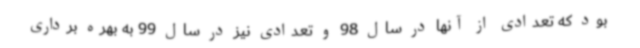
بود که تعدادی از آنها در سال 98 و تعدادی نیز در سال 99 به بهره برداری